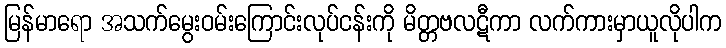
မြန်မာရော အသက်မွေးဝမ်းကြောင်းလုပ်ငန်းကို မိတ္တဗလဋီကာ လက်ကားမှာယူလိုပါက